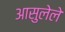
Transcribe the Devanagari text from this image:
आसुलेले